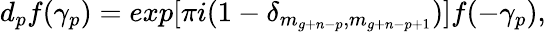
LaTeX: d_{p}f(\gamma_{p})=exp[\pi i(1-\delta_{m_{g+n-p},m_{g+n-p+1}})]f(-\gamma_{p}),